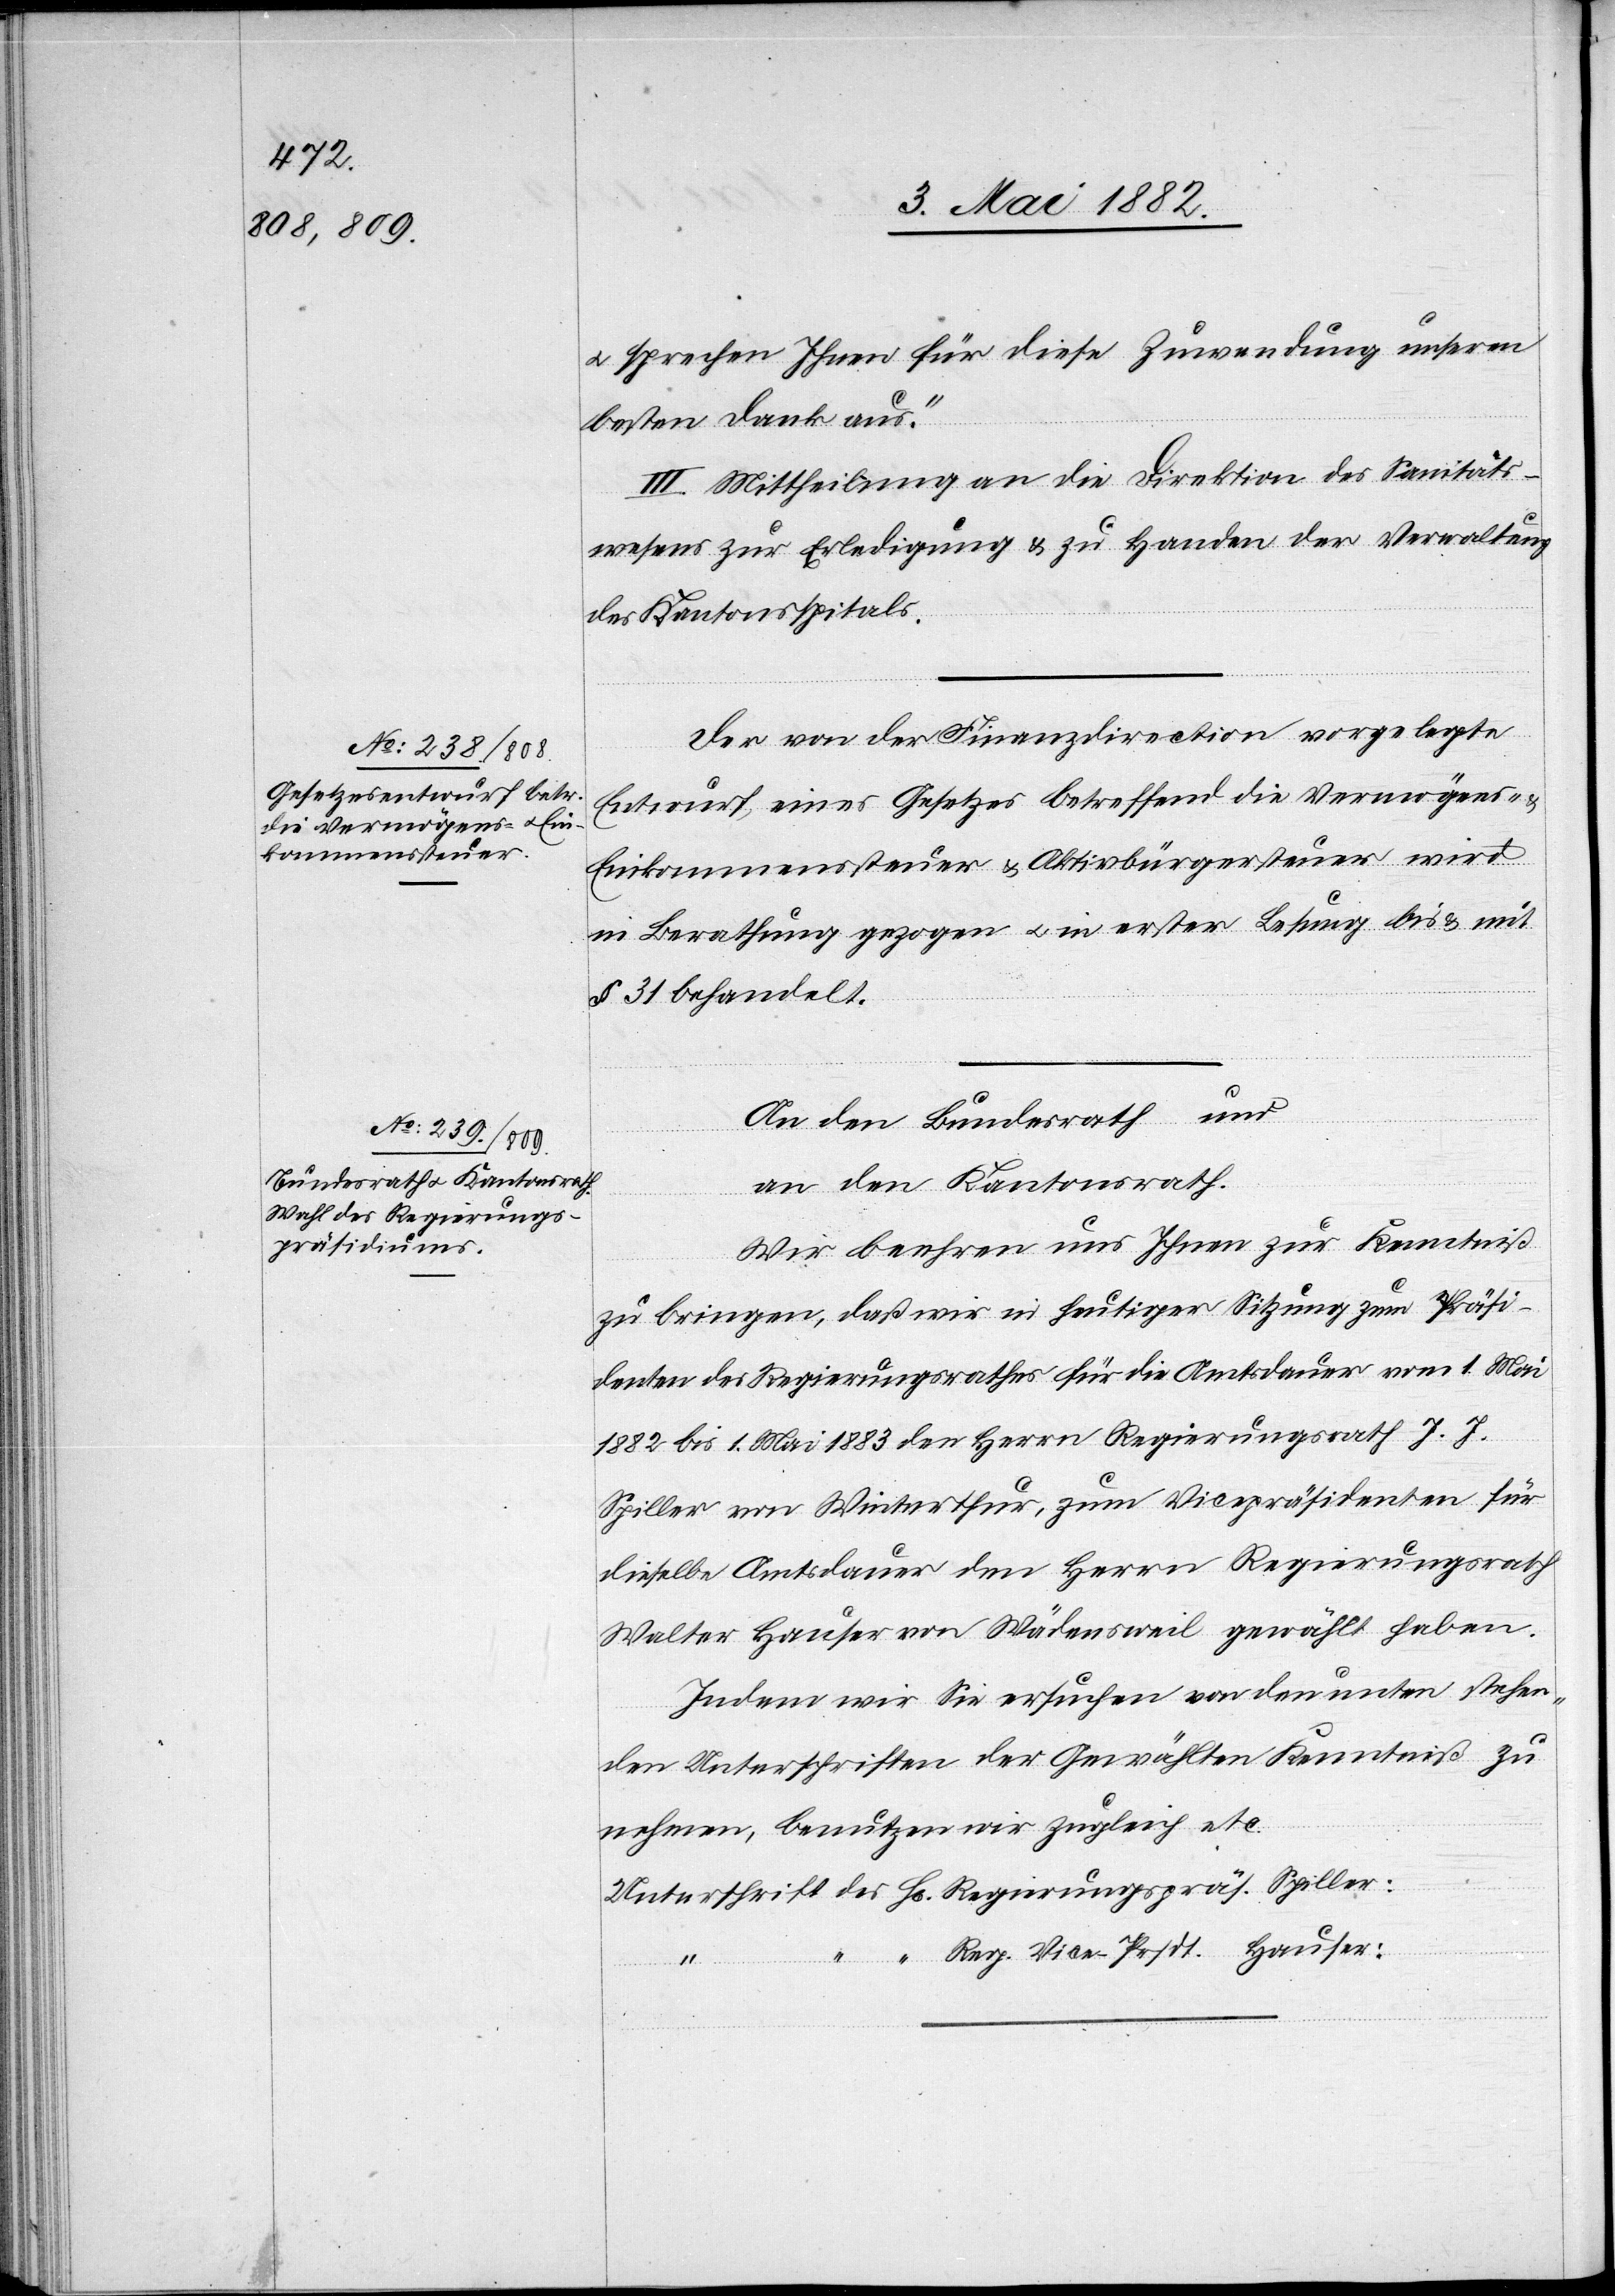
u. sprechen Ihnen für diese Zuwendung unseren
besten Dank aus.“
III. Mittheilung an die Direction des Sanitäts¬
wesens zur Erledigung & zu Handen der Verwaltung
des Kantonsspitals.
Der von der Finanzdirection vorgelegte
Entwurf eines Gesetzes betreffend die Vermögens-
Einkommensteuer & Aktivbürgersteuer wird
in Berathung gezogen u. in erster Lesung bis & mit
§ 31 behandelt.
An den Bundesrath und
an den Kantonsrath.
Wir beehren uns Ihnen zur Kenntniß
zu bringen, daß wir in heutiger Sitzung zum Präsi¬
denten des Regierungsrathes für die Amtsdauer vom 1. Mai
1882 bis 1. Mai 1883 den Herren Regierungsrath J. J.
Spiller von Winterthur, zum Vicepräsidenten für
dieselbe Amtsdauer den Herrn Regierungsrath
Walter Hauser von Wädensweil gewählt haben.
Indem wir Sie ersuchen von den unten stehen¬
den Unterschriften der Gewählten Kenntniß zu
nehmen, benutzen wir zugleich etc.
Unterschrift des Hr. Regierungspräs. Spiller:
“ “ Reg. Vice- Prsdt. Hauser: